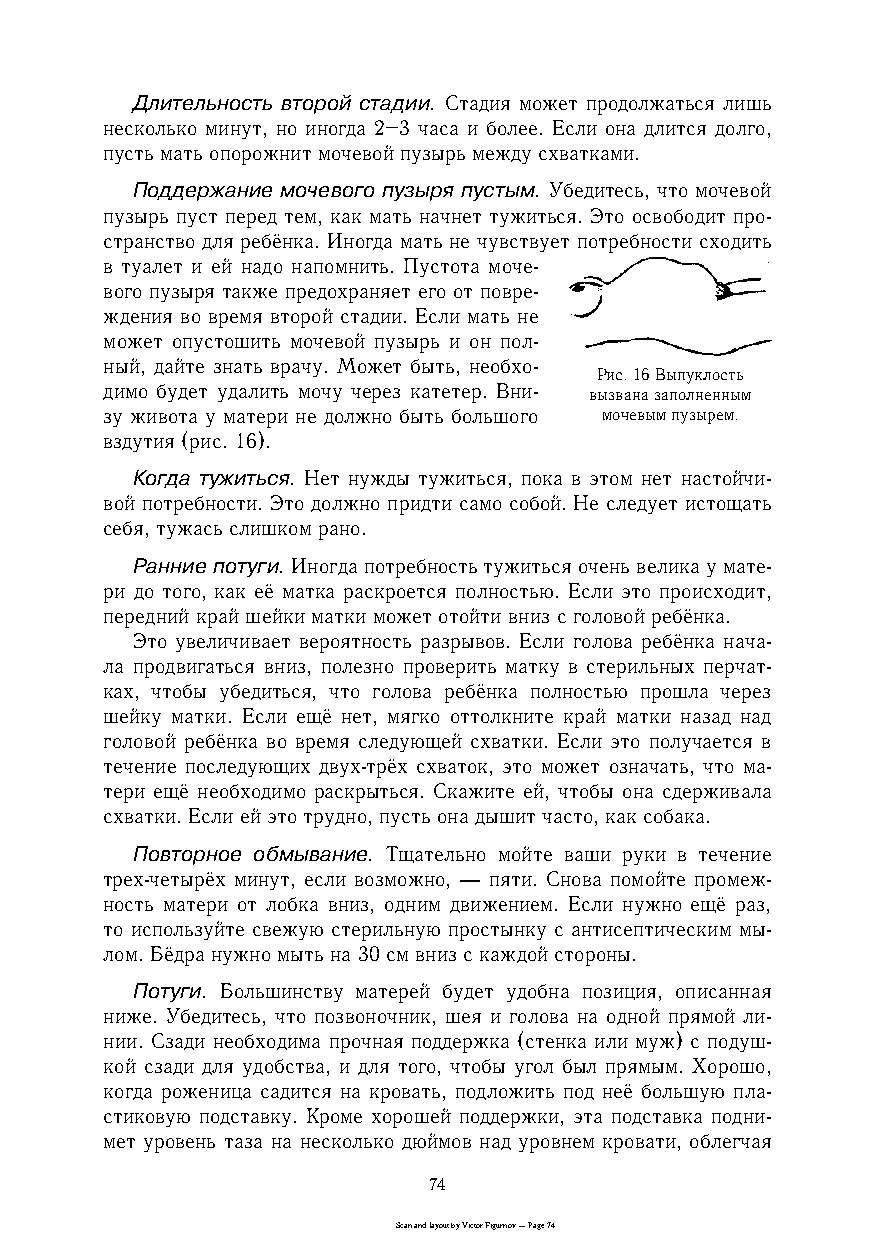
Длительность второй стадии. Стадия может продолжаться лишь
 несколько минут, но иногда 2–3 часа и более. Если она длится долго,
 пусть мать опорожнит мочевой пузырь между схватками.
 Поддержание мочевого пузыря пустым. Убедитесь, что мочевой
 пузырь пуст перед тем, как мать начнет тужиться. Это освободит проc
 странство для ребёнка. Иногда мать не чувствует потребности сходить
 в туалет и ей надо напомнить. Пустота мочеc
 вого пузыря также предохраняет его от повреc
 ждения во время второй стадии. Если мать не
 может опустошить мочевой пузырь и он полc
 ный, дайте знать врачу. Может быть, необхоc
 Рис. 16 Выпуклость
 димо будет удалить мочу через катетер. Вниc вызвана заполненным
 зу живота у матери не должно быть большого мочевым пузырем.
 вздутия (рис. 16).
 Когда тужиться. Нет нужды тужиться, пока в этом нет настойчиc
 вой потребности. Это должно придти само собой. Не следует истощать
 себя, тужась слишком рано.
 Ранние потуги. Иногда потребность тужиться очень велика у матеc
 ри до того, как её матка раскроется полностью. Если это происходит,
 передний край шейки матки может отойти вниз с головой ребёнка.
 Это увеличивает вероятность разрывов. Если голова ребёнка начаc
 ла продвигаться вниз, полезно проверить матку в стерильных перчатc
 ках, чтобы убедиться, что голова ребёнка полностью прошла через
 шейку матки. Если ещё нет, мягко оттолкните край матки назад над
 головой ребёнка во время следующей схватки. Если это получается в
 течение последующих двухcтрёх схваток, это может означать, что маc
 тери ещё необходимо раскрыться. Скажите ей, чтобы она сдерживала
 схватки. Если ей это трудно, пусть она дышит часто, как собака.
 Повторное обмывание. Тщательно мойте ваши руки в течение
 трехcчетырёх минут, если возможно, — пяти. Снова помойте промежc
 ность матери от лобка вниз, одним движением. Если нужно ещё раз,
 то используйте свежую стерильную простынку с антисептическим мыc
 лом. Бёдра нужно мыть на 30 см вниз с каждой стороны.
 Потуги. Большинству матерей будет удобна позиция, описанная
 ниже. Убедитесь, что позвоночник, шея и голова на одной прямой лиc
 нии. Сзади необходима прочная поддержка (стенка или муж) с подушc
 кой сзади для удобства, и для того, чтобы угол был прямым. Хорошо,
 когда роженица садится на кровать, подложить под неё большую плаc
 стиковую подставку. Кроме хорошей поддержки, эта подставка подниc
 мет уровень таза на несколько дюймов над уровнем кровати, облегчая
 74
 Scan and layout by Victor Figurnov — Page 74